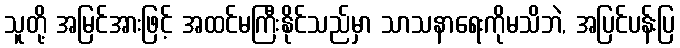
သူတို့ အမြင်အားဖြင့် အထင်မကြီးနိုင်သည်မှာ သာသနာရေးကိုမသိဘဲ, အပြင်ပန်းပြ